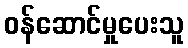
ဝန်ဆောင်မှုပေးသူ